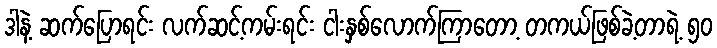
ဒါနဲ့ ဆက်ပြောရင်း လက်ဆင့်ကမ်းရင်း ငါးနှစ်လောက်ကြာတော့ တကယ်ဖြစ်ခဲ့တာရဲ့ ၅၀